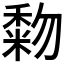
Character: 𥡓